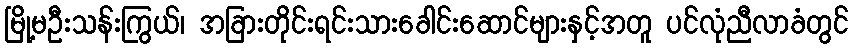
မြို့မဦးသန်းကြွယ်၊ အခြားတိုင်းရင်းသားခေါင်းဆောင်များနှင့်အတူ ပင်လုံညီလာခံတွင်